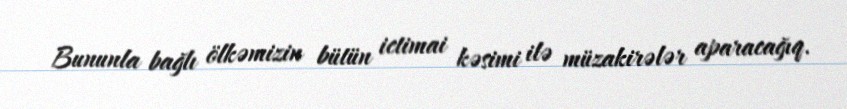
Bununla bağlı ölkəmizin bütün ictimai kəsimi ilə müzakirələr aparacağıq.